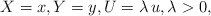
\begin{align*}X=x,Y=y,U=\lambda\, u,\lambda >0,\end{align*}